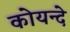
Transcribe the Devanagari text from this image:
कोयन्दे